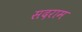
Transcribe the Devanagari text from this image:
सदराम